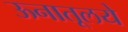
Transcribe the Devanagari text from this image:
ऊनातूलये